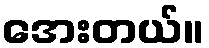
အေးတယ်။